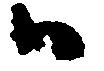
ハ